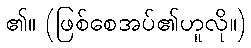
၏။ (ဖြစ်စေအပ်၏ဟူလို။)